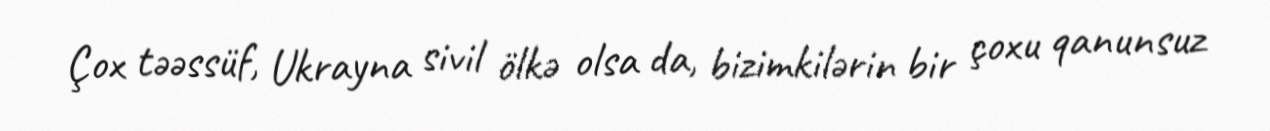
Çox təəssüf, Ukrayna sivil ölkə olsa da, bizimkilərin bir çoxu qanunsuz